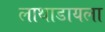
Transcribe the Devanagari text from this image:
लाथाडायला